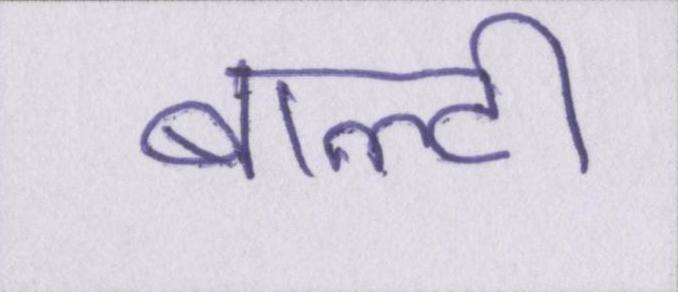
बाल्टी